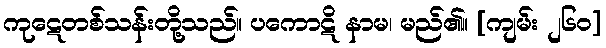
ကုဋေတစ်သန်းတို့သည်။ ပကောဋိ နာမ၊ မည်၏။ [ကျမ်း ၂၆၀]